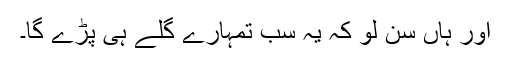
اور ہاں سن لو کہ یہ سب تمہارے گلے ہی پڑے گا۔